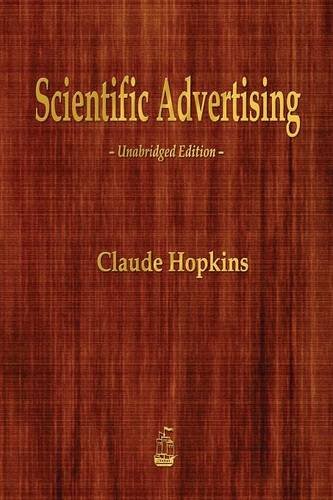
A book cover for Scientific Advertising; Claude Hopkins; Business & Money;